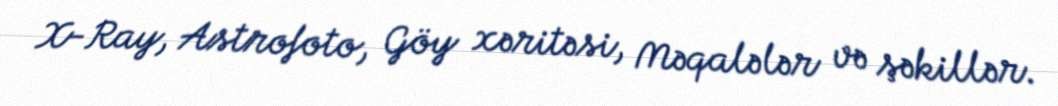
X-Ray, Astrofoto, Göy xəritəsi, Məqalələr və şəkillər.